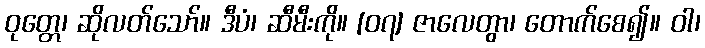
ဝုတ္တေ၊ ဆိုလတ်သော်။ ဒီပံ၊ ဆီမီးကို။ [၀၇] ဇာလေတွာ၊ တောက်စေ၍။ ဝါ၊